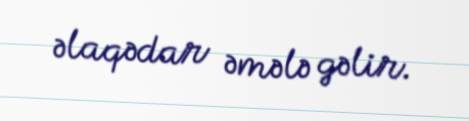
əlaqədar əmələ gəlir.